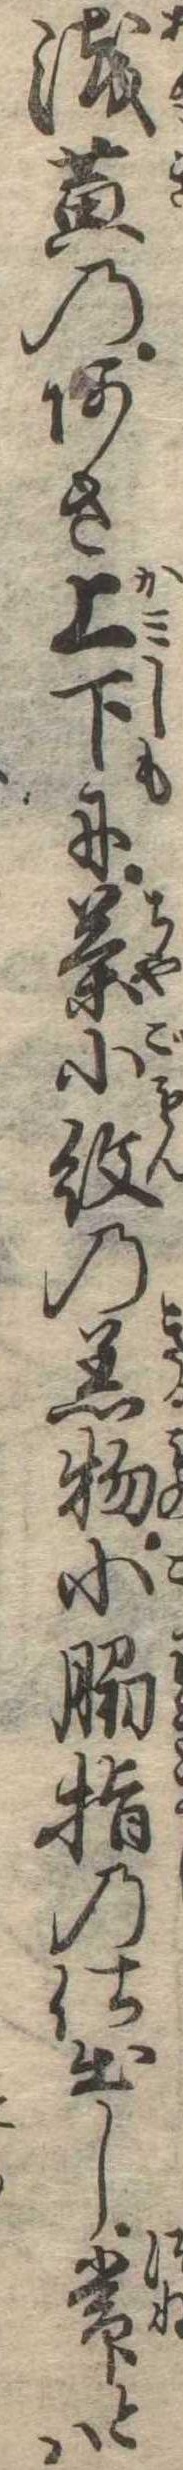
浅黄のあさ上下に茶小紋の着物小脇指の仕出し常とは